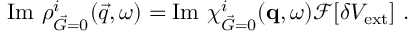
\mathrm { I m } ~ { \rho _ { \vec { G } = 0 } ^ { i } ( \vec { q } , \omega ) } = \mathrm { I m } ~ \chi _ { \vec { G } = 0 } ^ { i } ( \mathbf { q } , \omega ) \mathcal { F } [ \delta V _ { \mathrm { e x t } } ] \ .